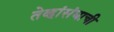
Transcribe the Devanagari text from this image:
तेव्हांसंघाची